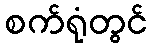
စက်ရုံတွင်